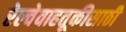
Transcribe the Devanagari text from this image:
रेल्वेवाहतूकीसाठी